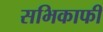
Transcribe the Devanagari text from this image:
सभिकाफी